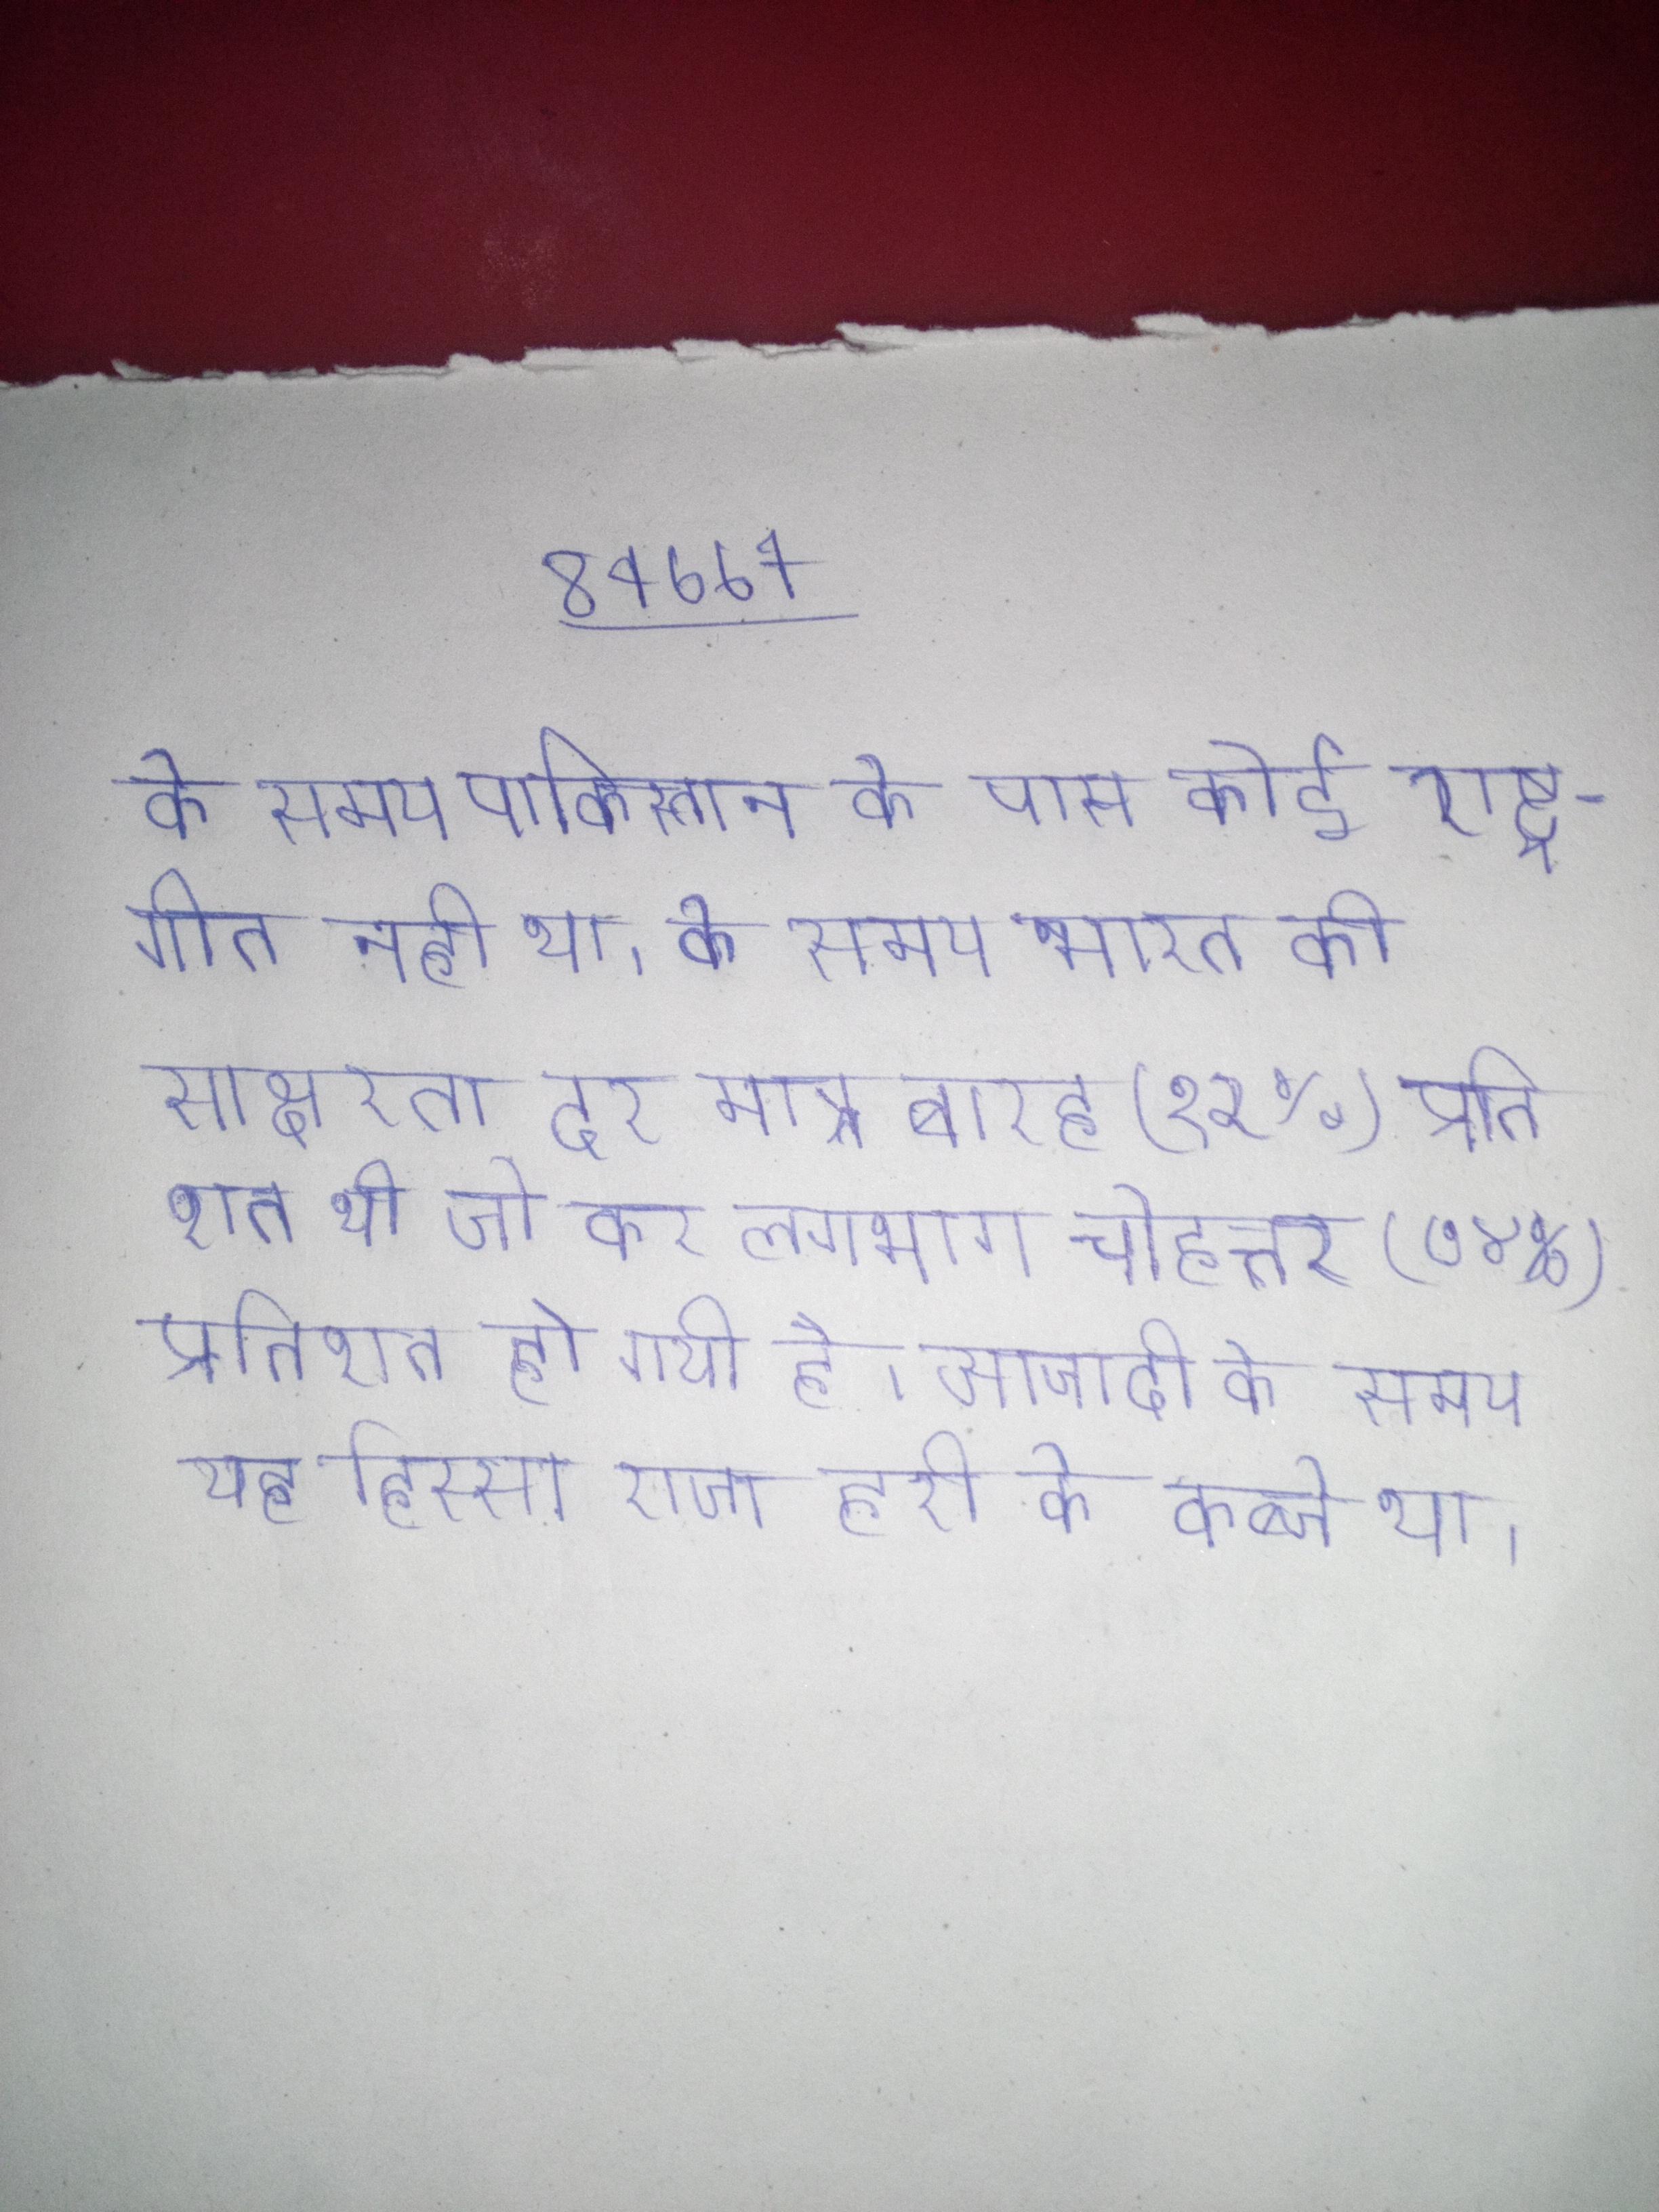
के समय पाकिस्तान के पास कोई राष्ट्र-गीत नही था । के समय भारत की साक्षरता दर मात्र बारह (१२%) प्रतिशत थी जो कर लगभग चोहत्तर (७४%) प्रतिशत हो गयी है । आजादी के समय यह हिस्सा राजा हरी के कब्जे था ।